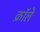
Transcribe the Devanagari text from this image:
क्रॉले